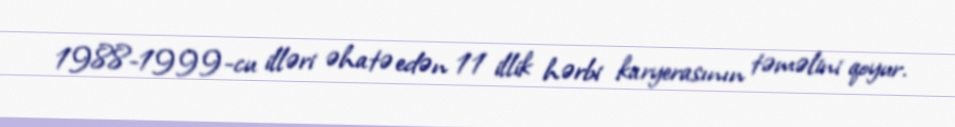
1988-1999-cu illəri əhatə edən 11 illik hərbi karyerasının təməlini qoyur.